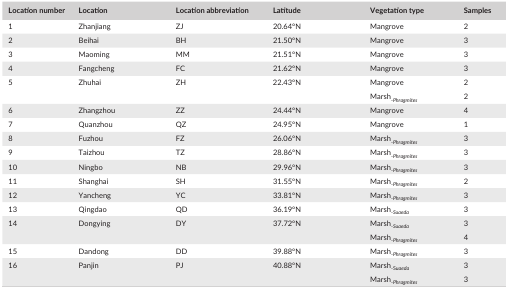
| Location number | Location | Location abbreviation | Latitude | Vegetation type | Samples |
 | --- | --- | --- | --- | --- | --- |
 | 1 | Zhanjiang | ZJ | 20.64°N | Mangrove | 2 |
 | 2 | Beihai | BH | 21.50°N | Mangrove | 3 |
 | 3 | Maoming | MM | 21.51°N | Mangrove | 3 |
 | 4 | Fangcheng | FC | 21.62°N | Mangrove | 3 |
 | <ROWSPAN=2> 5 | <ROWSPAN=2> Zhuhai | <ROWSPAN=2> ZH | <ROWSPAN=2> 22.43°N | Mangrove | 2 |
 | Marsh‐Phragmites | 2 |
 | 6 | Zhangzhou | ZZ | 24.44°N | Mangrove | 4 |
 | 7 | Quanzhou | QZ | 24.95°N | Mangrove | 1 |
 | 8 | Fuzhou | FZ | 26.06°N | Marsh‐Phragmites | 3 |
 | 9 | Taizhou | TZ | 28.86°N | Marsh‐Phragmites | 3 |
 | 10 | Ningbo | NB | 29.96°N | Marsh‐Phragmites | 3 |
 | 11 | Shanghai | SH | 31.55°N | Marsh‐Phragmites | 2 |
 | 12 | Yancheng | YC | 33.81°N | Marsh‐Phragmites | 3 |
 | 13 | Qingdao | QD | 36.19°N | Marsh‐Suaeda | 3 |
 | <ROWSPAN=2> 14 | <ROWSPAN=2> Dongying | <ROWSPAN=2> DY | <ROWSPAN=2> 37.72°N | Marsh‐Suaeda | 3 |
 | Marsh‐Phragmites | 4 |
 | 15 | Dandong | DD | 39.88°N | Marsh‐Phragmites | 3 |
 | <ROWSPAN=2> 16 | <ROWSPAN=2> Panjin | <ROWSPAN=2> PJ | <ROWSPAN=2> 40.88°N | Marsh‐Suaeda | 3 |
 | Marsh‐Phragmites | 3 |